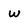
Character: w